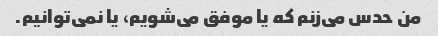
من حدس می‌زنم که یا موفق می‌شویم، یا نمی‌توانیم.